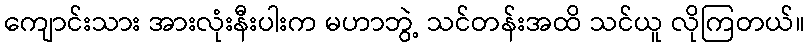
ကျောင်းသား အားလုံးနီးပါးက မဟာဘွဲ့ သင်တန်းအထိ သင်ယူ လိုကြတယ်။